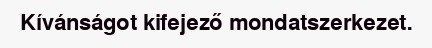
Kívánságot kifejező mondatszerkezet.